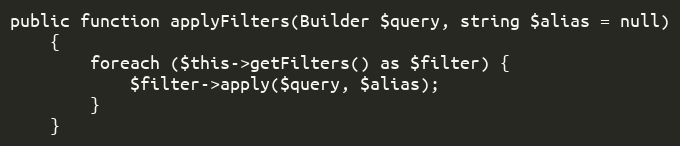
Language: PHP
public function applyFilters(Builder $query, string $alias = null)
    {
        foreach ($this->getFilters() as $filter) {
            $filter->apply($query, $alias);
        }
    }